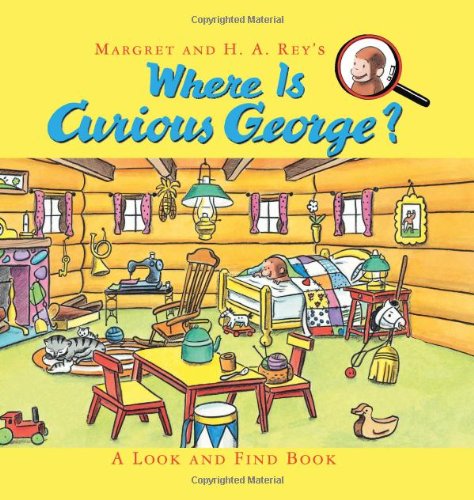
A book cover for Where Is Curious George?: A Look and Find Book; H. A. Rey; Children's Books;